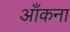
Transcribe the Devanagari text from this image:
आँकना